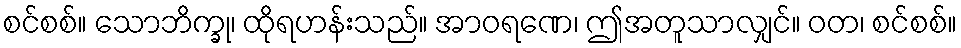
စင်စစ်။ သောဘိက္ခု၊ ထိုရဟန်းသည်။ အာဝရဏေ၊ ဤအတူသာလျှင်။ ဝတ၊ စင်စစ်။